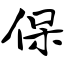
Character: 保